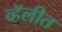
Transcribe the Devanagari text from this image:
व्हॅलीत